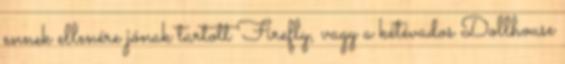
ennek ellenére jónak tartott Firefly, vagy a kétévados Dollhouse